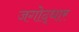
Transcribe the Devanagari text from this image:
जगोद्धार